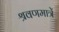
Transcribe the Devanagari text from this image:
श्रवणमात्रें